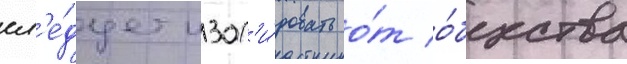
сл'е́дует изол'и́ровать о́т о́бщества